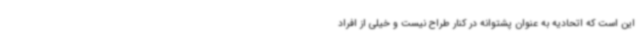
این است که اتحادیه به عنوان پشتوانه در کنار طراح نیست و خیلی از افراد